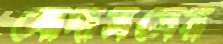
মোদাসসের